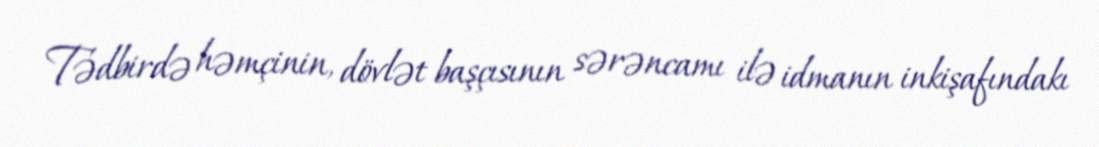
Tədbirdə həmçinin, dövlət başçısının sərəncamı ilə idmanın inkişafındakı